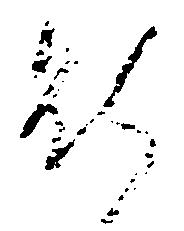
能